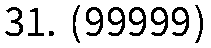
31. (99999)